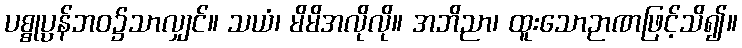
ပစ္စုပ္ပန်ဘဝ၌သာလျှင်။ သယံ၊ မိမိအလိုလို။ အဘိညာ၊ ထူးသောဉာဏဖြင့်သိ၍။